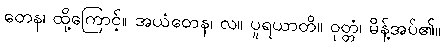
တေန၊ ထို့ကြောင့်။ အယံတေန၊ လ။ ပူရယာတိ။ ဝုတ္တံ၊ မိန့်အပ်၏။